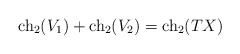
\begin{align*}{\rm ch}_2(V_1)+{\rm ch}_2(V_2)={\rm ch}_2(TX)\end{align*}